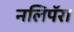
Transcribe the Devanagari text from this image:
नलिपॅरा